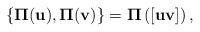
\begin{align*}{}\{ {\bf \Pi} ({\bf u}), {\bf \Pi} ({\bf v}) \} ={\bf \Pi} \left( [{\bf u}{\bf v}] \right),\end{align*}